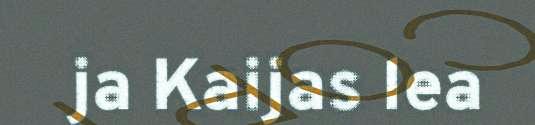
ja Kaijas lea